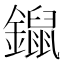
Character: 𨭿